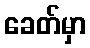
ခေတ်မှာ